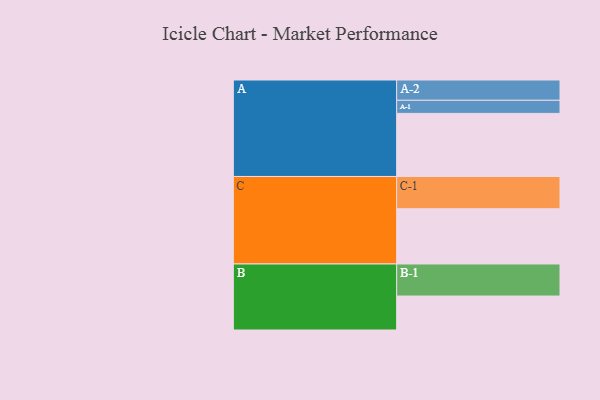
{"axis": {"x": "Segment", "y": "Value"}, "legend": ["", "A", "B", "C"], "data": [{"x": "A", "y": 563, "type": ""}, {"x": "B", "y": 303, "type": ""}, {"x": "C", "y": 493, "type": ""}, {"x": "A-1", "y": 117, "type": "A"}, {"x": "A-2", "y": 181, "type": "A"}, {"x": "B-1", "y": 286, "type": "B"}, {"x": "C-1", "y": 288, "type": "C"}]}